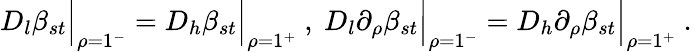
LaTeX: D_{l}\beta_{st}\Big|_{\rho=1^{-}}=D_{h}\beta_{st}\Big|_{\rho=1^{+}}\ ,\ D_{l}\partial_{\rho}\beta_{st}\Big|_{\rho=1^{-}}=D_{h}\partial_{\rho}\beta_{st}\Big|_{\rho=1^{+}}\ .